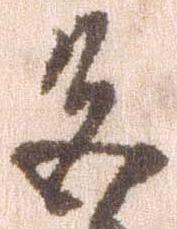
色